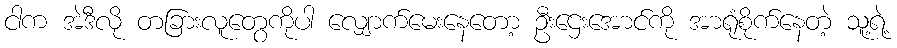
ငါက အဲဒီလို တခြားလူတွေကိုပါ လျှောက်မေးနေတော့ ဦးဌေးအောင်ကို အာရုံစိုက်နေတဲ့ သူ့ရဲ့